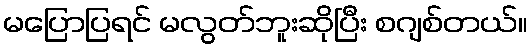
မပြောပြရင် မလွတ်ဘူးဆိုပြီး စဂျစ်တယ်။